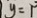
y = 1